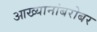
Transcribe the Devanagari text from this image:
आख्यानांबरोबर